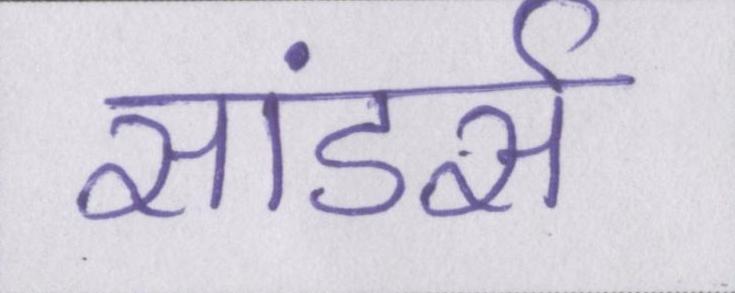
सांडर्स